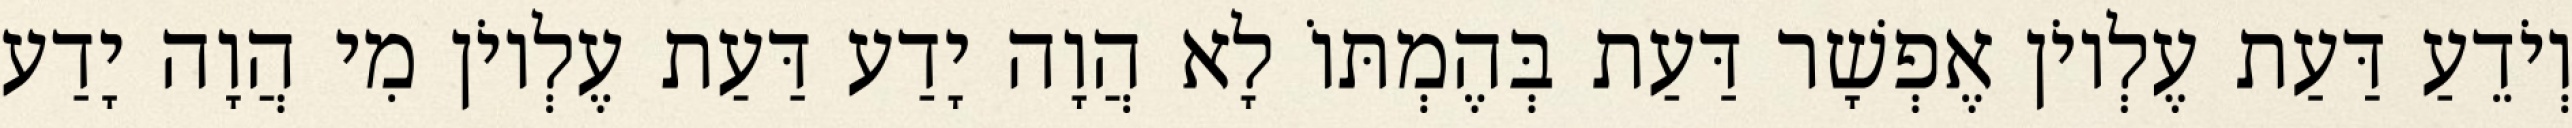
וְיֹדֵעַ דַּעַת עֶלְיוֹן אֶפְשָׁר דַּעַת בְּהֶמְתּוֹ לָא הֲוָה יָדַע דַּעַת עֶלְיוֹן מִי הֲוָה יָדַע